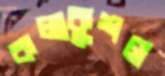
কলাকুশল